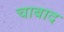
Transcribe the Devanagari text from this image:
चाबाद